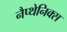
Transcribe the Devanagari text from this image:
नैप्थेनिक्स